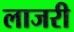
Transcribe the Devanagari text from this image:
लाजरी